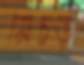
মেচড়